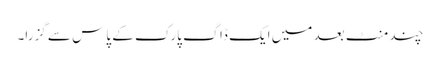
چند منٹ بعد میں ایک ڈاگ پارک کے پاس سے گزرا۔